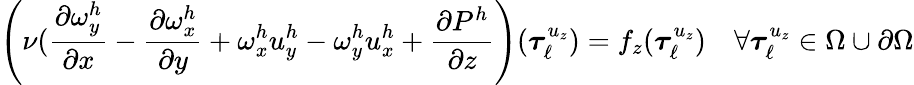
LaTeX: \left(\nu(\frac{\partial\omega_{y}^{h}}{\partial x}-\frac{\partial\omega_{x}^{h}}{\partial y}+\omega_{x}^{h}u_{y}^{h}-\omega_{y}^{h}u_{x}^{h}+\frac{\partial P^{h}}{\partial z}\right)(\boldsymbol{\tau}_{\ell}^{u_{z}})=f_{z}(\boldsymbol{\tau}_{\ell}^{u_{z}})\quad\forall\boldsymbol{\tau}_{\ell}^{u_{z}}\in\Omega\cup\partial\Omega